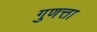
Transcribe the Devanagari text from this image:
गुणत्ता